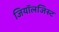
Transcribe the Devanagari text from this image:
जियॉलजिस्ट